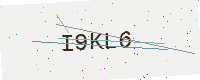
Text: I9KL6